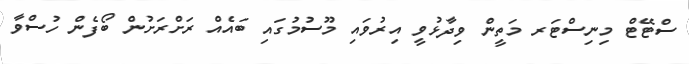
ސްޓޭޓް މިނިސްޓަރ މަތީން ވިދާޅުވީ އިރުވައި މޫސުމުގައި ބައެއް ރަށްރަށުން ބޯފެން ހުސްވާ